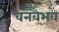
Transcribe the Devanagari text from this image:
वनवैभव